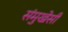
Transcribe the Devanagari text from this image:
संमुखेसी